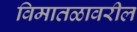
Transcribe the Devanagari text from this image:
विमातळावरील